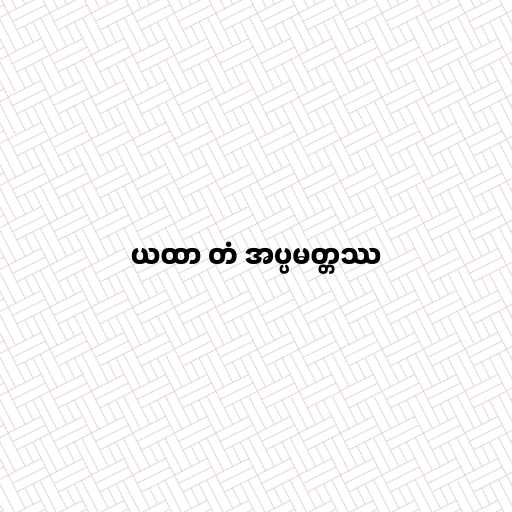
ယထာ တံ အပ္ပမတ္တဿ